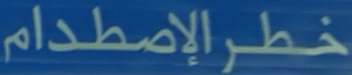
خطرالاصطدام